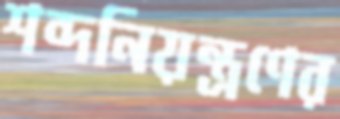
শব্দনিয়ন্ত্রণের